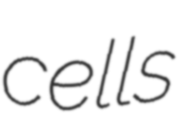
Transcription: cells